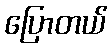
ပြောတယ်